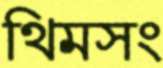
থিমসং